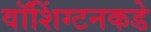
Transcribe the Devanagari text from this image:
वॉशिंग्टनकडे